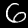
Digit: 6